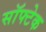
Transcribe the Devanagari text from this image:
सॉफ्टेक